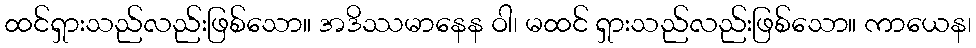
ထင်ရှားသည်လည်းဖြစ်သော။ အဒိဿမာနေန ဝါ၊ မထင် ရှားသည်လည်းဖြစ်သော။ ကာယေန၊